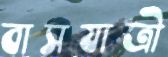
বাসযাত্রী